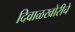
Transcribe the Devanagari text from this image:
दिवाळखोरीचे